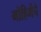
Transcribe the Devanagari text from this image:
मोहिमेंचे